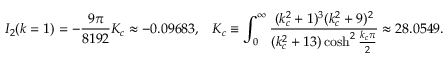
I _ { 2 } ( k = 1 ) = - \frac { 9 \pi } { 8 1 9 2 } K _ { c } \approx - 0 . 0 9 6 8 3 , \; \; \; K _ { c } \equiv \int _ { 0 } ^ { \infty } \frac { ( k _ { c } ^ { 2 } + 1 ) ^ { 3 } ( k _ { c } ^ { 2 } + 9 ) ^ { 2 } } { ( k _ { c } ^ { 2 } + 1 3 ) \cosh ^ { 2 } \frac { k _ { c } \pi } { 2 } } \approx 2 8 . 0 5 4 9 .